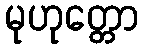
မုဟုတ္တော